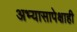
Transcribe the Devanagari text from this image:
अभ्यासापेक्षाही